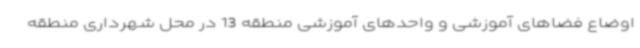
اوضاع فضاهای آموزشی و واحدهای آموزشی منطقه 13 در محل شهرداری منطقه